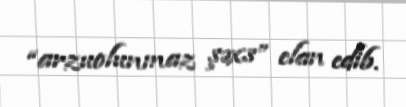
“arzuolunmaz şəxs” elan edib.